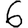
Digit: 6